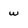
Character: w